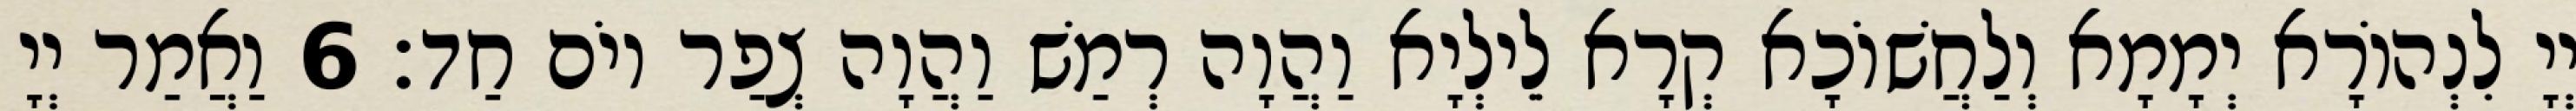
יְיָ לִנְהוֹרָא יְמָמָא וְלַחֲשׁוֹכָא קְרָא לֵילְיָא וַהֲוָה רְמַשׁ וַהֲוָה צְפַר יוֹם חַד׃ 6 וַאֲמַר יְיָ